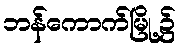
ဘန်ကောက်မြို့၌